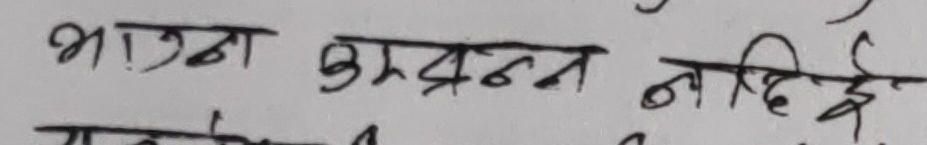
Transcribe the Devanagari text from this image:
भाग्न उत्पन्न नाहीई